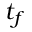
t _ { f }